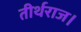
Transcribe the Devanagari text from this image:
तीर्थराज।